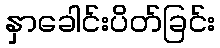
နှာခေါင်းပိတ်ခြင်း